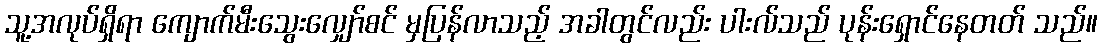
သူ့အလုပ်ရှိရာ ကျောက်မီးသွေးလျှော်စင် မှပြန်လာသည့် အခါတွင်လည်း ပါးလ်သည် ပုန်းရှောင်နေတတ် သည်။